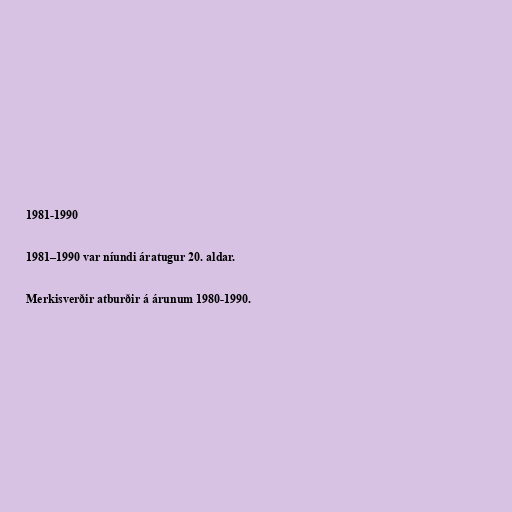
1981-1990

1981–1990 var níundi áratugur 20. aldar.

Merkisverðir atburðir á árunum 1980-1990.